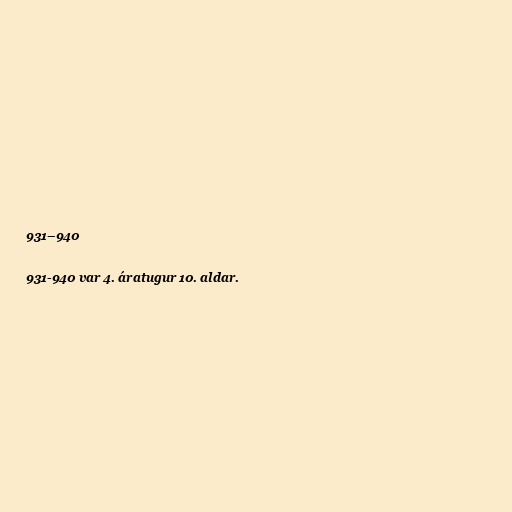
931–940

931-940 var 4. áratugur 10. aldar.